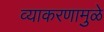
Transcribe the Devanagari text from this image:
व्याकरणामुळे